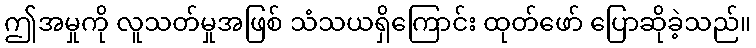
ဤအမှုကို လူသတ်မှုအဖြစ် သံသယရှိကြောင်း ထုတ်ဖော် ပြောဆိုခဲ့သည်။